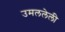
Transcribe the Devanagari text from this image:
उमललेली